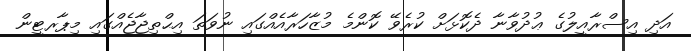
އަދި އިސްރާއީލުގެ ޢުދުވާނާ ދެކޮޅަށް ކުރެވޭ ކޮންމެ މުޒާހަރާއެއްގައި ނުވަތަ އިޙްތިޖާޖެއްގައި މިޕާރޓީން